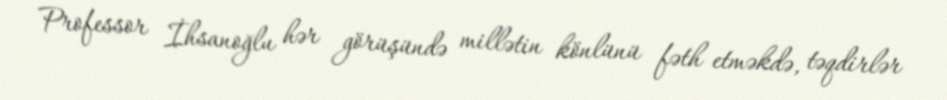
Professor İhsanoğlu hər görüşündə millətin könlünü fəth etməkdə, təqdirlər